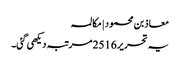
معاذ بن محمود | مکالمہ
یہ تحریر 2516 مرتبہ دیکھی گئی۔